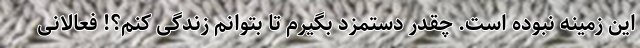
این زمینه نبوده است. چقدر دستمزد بگیرم تا بتوانم زندگی کنم؟! فعالانی